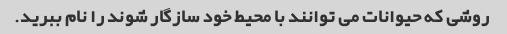
روشی که حیوانات می توانند با محیط خود سازگار شوند را نام ببرید.